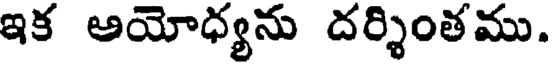
ఇక అయోధ్యను దర్శింతము.